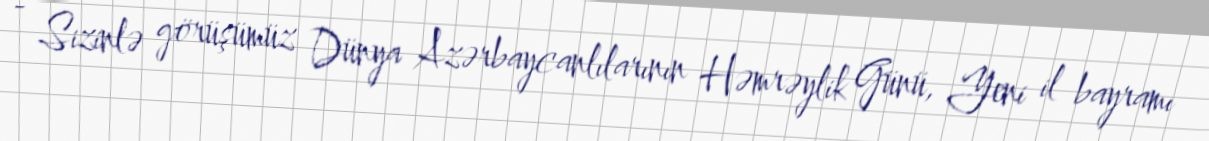
- Sizinlə görüşümüz Dünya Azərbaycanlılarının Həmrəylik Günü, Yeni il bayramı